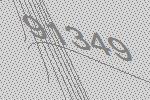
91349